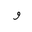
Letter: _waw